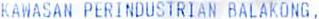
KAWASAN PERINDUSTRIAN BALAKONG,